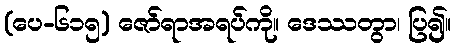
(ပေ-၆၁၅) ဇော်ရာအရပ်ကို။ ဒေဿတွာ၊ ပြ၍။